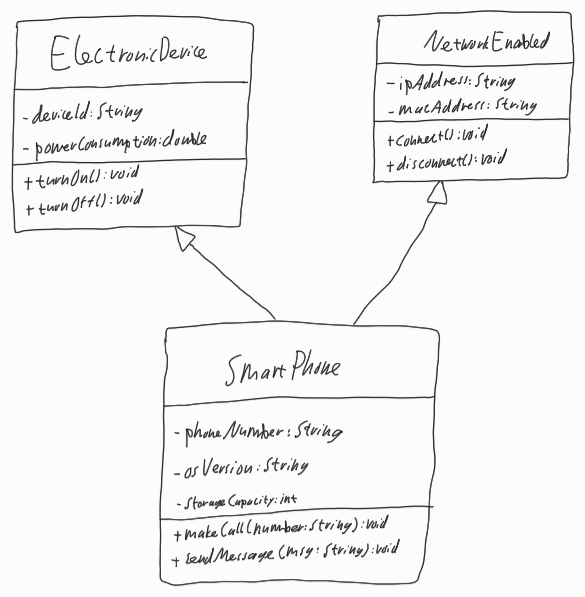
Diagram type: class_diagram
```plantuml
@startuml

class ElectronicDevice {
  - deviceId: String
  - powerConsumption: double
  + turnOn(): void
  + turnOff(): void
}

class NetworkEnabled {
  - ipAddress: String
  - macAddress: String
  + connect(): void
  + disconnect(): void
}

class SmartPhone {
  - phoneNumber: String
  - osVersion: String
  - storageCapacity: int
  + makeCall(number: String): void
  + sendMessage(msg: String): void
}

ElectronicDevice <|-- SmartPhone

NetworkEnabled <|-- SmartPhone

@enduml
```